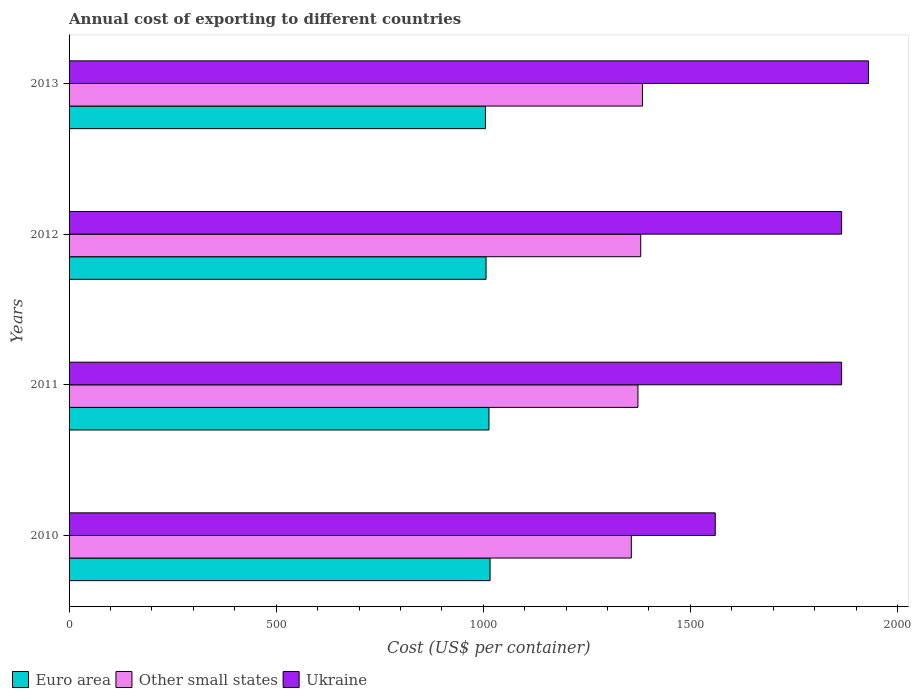
| Years | Euro area | Other small states | Ukraine |
 | --- | --- | --- | --- |
 | 2010 | 1.02e+03 | 1.36e+03 | 1.56e+03 |
 | 2011 | 1.01e+03 | 1.37e+03 | 1.86e+03 |
 | 2012 | 1.01e+03 | 1.38e+03 | 1.86e+03 |
 | 2013 | 1.01e+03 | 1.38e+03 | 1.93e+03 |